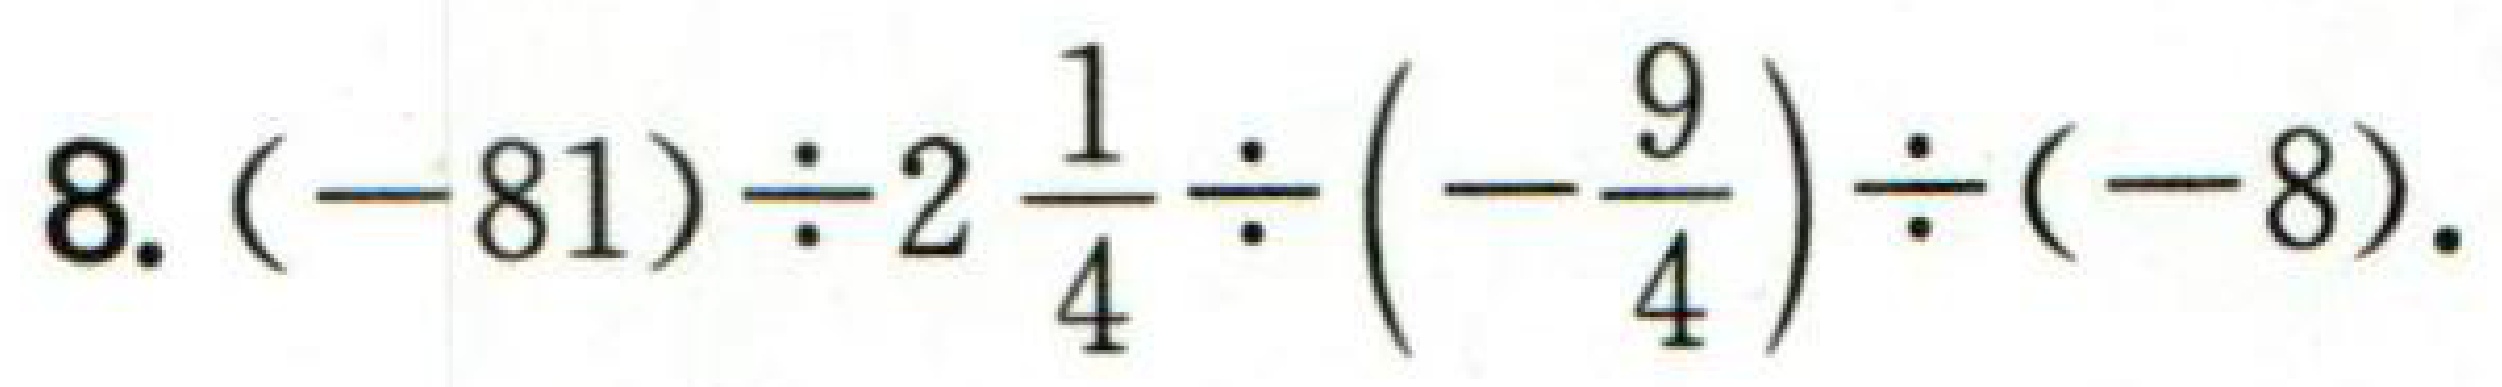
8. \((-81)\div2\frac{1}{4}\div\left(-\frac{9}{4}\right)\div(-8)\).